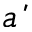
\acute { a }